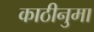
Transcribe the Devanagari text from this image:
काठीनुमा